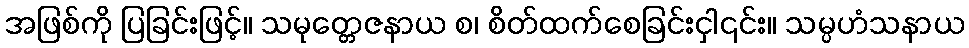
အဖြစ်ကို ပြခြင်းဖြင့်။ သမုတ္တေဇနာယ စ၊ စိတ်ထက်စေခြင်းငှါ၎င်း။ သမ္ပဟံသနာယ